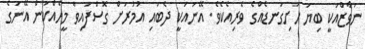
ނަވާޒްއަކީ ބިޔަ ހަށިގަނޑެއްގެ ވެރިއެކެވެ. އޭނައަކީ ދެބައި އުމުރަށް ގޮސްފައިވާ މީހެއްކަން އޭނަގެ